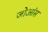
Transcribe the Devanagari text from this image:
जोआंस